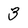
Character: 3